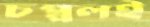
চপ্পলই